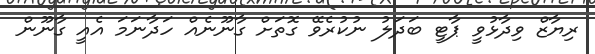
ރިޔާޒް ވިދާޅުވީ ޕާޓީ ބަދަލު ނުކުރެވޭ ގޮތަށް ގާނޫނެއް ހަދާނަމަ އެއީ ގާނޫން